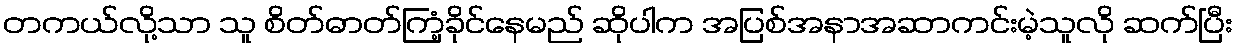
တကယ်လို့သာ သူ စိတ်ဓာတ်ကြံ့ခိုင်နေမည် ဆိုပါက အပြစ်အနာအဆာကင်းမဲ့သူလို ဆက်ပြီး